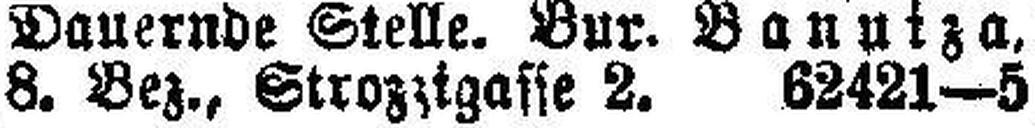
8. Bez., Strozztgasse 2. 62421—5